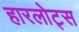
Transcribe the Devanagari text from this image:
हारलोट्स